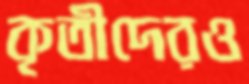
কৃতীদেরও